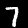
Digit: 7